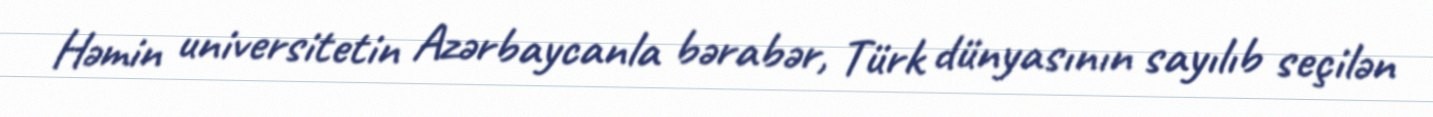
Həmin universitetin Azərbaycanla bərabər, Türk dünyasının sayılıb seçilən